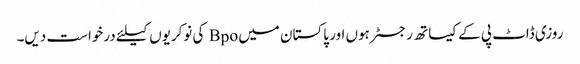
روزی ڈاٹ پی کے کیساتھ رجسٹر ہوں اور پاکستان میں Bpo کی نوکریوں کیلئے درخواست دیں۔